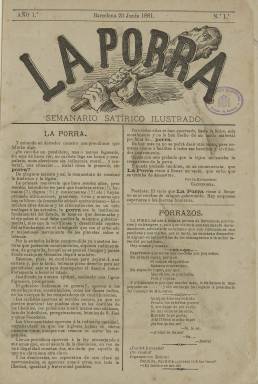
Título: La Porra (Barcelona)
Colección: Revistas satíricas y humorísticas
Ámbito geográfico: Barcelona
Lugar de publicación: Barcelona
Fechas: 23/06/1881-30/12/1881

Efímero semanario satírico ilustrado que nació con los nuevos aires de libertad para la prensa que trajo el Gobierno del liberal Sagasta, quien sustituyó al conservador Cánovas del Castillo. Unos meses antes de la Restauración borbónica de 1874 se publicó otro periódico con el mismo título de La Porra también en Barcelona, aunque se desconoce si los promotores de uno y otro eran los mismos.

   Probablemente el nombre de la porra, aunque no el espíritu, pues estas publicaciones satíricas no predicaban la violencia, esté tomado de las llamadas Partidas de la porra que proliferaron en España durante el Sexenio democrático o revolucionario (1868-1874). El primero de estos grupos violentos se formó en Madrid dirigido por el periodista y empresario teatral Felipe Ducazcal, al parecer vinculado al general Prim, lo formaban unas 30 personas y se dedicaban a amedrentar a políticos y prensa rivales.

    En el Sexenio proliferaron las publicaciones satíricas de diferentes tendencias políticas, aunque la gran mayoría de ellas no estaban adscritas a ninguna ideología. Ejemplos de publicaciones satíricas carlistas y republicanas son, respectivamente, La Gorda y La Flaca, que tomó precisamente el nombre en oposición a la primera. La Flaca marca un hito en este tipo de prensa dado que comenzó a publicar caricaturas a doble página y en color, con lo que fue muy imitada por otras publicaciones.

   La Porra que se publicó en 1881, de cuatro páginas por número, imitó también a La Flaca, que ya había desaparecido,  en su tendencia republicana y en la publicación de una doble página central en color con caricaturas de los políticos del momento. De hecho, es lo más destacado del semanario. En las ilustraciones se puede leer Lit . Pigrau, por lo que lo más seguro es que se trataran de litografías realizadas por Antonio Pigrau y Subirachs. En algunos números sin embargo aparece la firma de otros ilustradores. Pigrau no adquirió la relevancia de Tomás Padró, caricaturista de La Flaca, pero salta a la vista la calidad de su trabajo.

    El semanario, también anticlerical como había sido La Flaca y otros periódicos satíricos del campo republicano, fue especialmente crítico con Emilio Castelar, que había sido presidente de la I República Española y acabó aceptando la Monarquía de Alfonso XII.

   Tras publicar 28 números, La Porra desapareció coincidiendo con el final del año 1881. No explica las razones de su desaparición, pero en la portada y bajo el epígrafe de Despedida da cuenta de ello en un alarde de ironía que merece la pena su lectura. Viene decir que como todo marcha ya en España perfectamente sobra la censura y por tanto la porra.

[Descripción publicada el 31/10/2019]